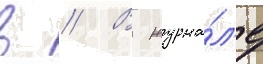
в // В журна́л'е